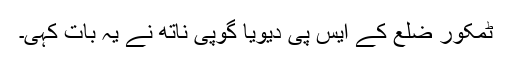
ٹمکور ضلع کے ایس پی دیویا گوپی ناتھ نے یہ بات کہی۔